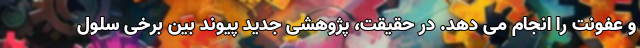
و عفونت را انجام می دهد. در حقیقت، پژوهشی جدید پیوند بین برخی سلول